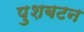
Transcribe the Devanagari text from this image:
पुशबटन